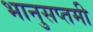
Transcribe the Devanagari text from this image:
भानुसप्तमी